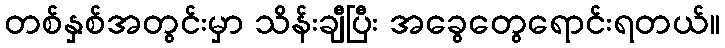
တစ်နှစ်အတွင်းမှာ သိန်းချီပြီး အခွေတွေရောင်းရတယ်။